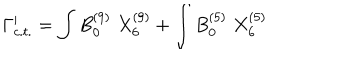
\Gamma _ { c . t . } ^ { \prime } = \int B _ { 0 } ^ { ( 9 ) } \; X _ { 6 } ^ { ( 9 ) } + \int B _ { 0 } ^ { ( 5 ) } \; X _ { 6 } ^ { ( 5 ) }